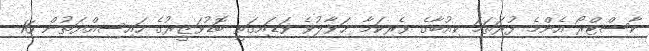
ކާސްޓްރޯ އެންމެ ފުރަތަމަ ކިއުބާގެ ވެރިކަމާ ޙަވާލުވެ ވަޑައިގަތީ ބޮޑުވަޒީރުގެ ހައިސިއްޔަތުން 16